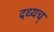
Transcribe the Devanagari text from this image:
दध्यच्